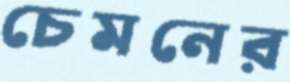
চেমনের